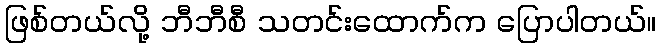
ဖြစ်တယ်လို့ ဘီဘီစီ သတင်းထောက်က ပြောပါတယ်။